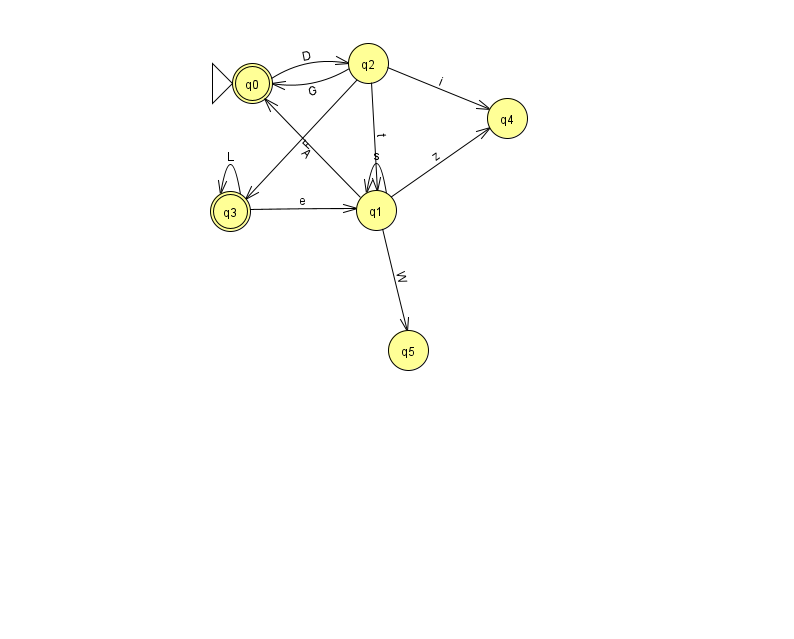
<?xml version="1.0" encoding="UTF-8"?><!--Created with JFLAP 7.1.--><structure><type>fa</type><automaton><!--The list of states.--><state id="0" name="q0"><x>252.0</x><y>70.0</y><initial/><final/></state><state id="1" name="q1"><x>376.0</x><y>197.0</y></state><state id="2" name="q2"><x>368.0</x><y>50.0</y></state><state id="3" name="q3"><x>230.0</x><y>198.0</y><final/></state><state id="4" name="q4"><x>507.0</x><y>105.0</y></state><state id="5" name="q5"><x>408.0</x><y>337.0</y></state><!--The list of transitions.--><transition><from>2</from><to>1</to><read>t</read></transition><transition><from>3</from><to>1</to><read>e</read></transition><transition><from>1</from><to>1</to><read>s</read></transition><transition><from>1</from><to>4</to><read>z</read></transition><transition><from>2</from><to>4</to><read>i</read></transition><transition><from>2</from><to>3</to><read>F</read></transition><transition><from>1</from><to>0</to><read>A</read></transition><transition><from>2</from><to>0</to><read>G</read></transition><transition><from>0</from><to>2</to><read>D</read></transition><transition><from>1</from><to>5</to><read>W</read></transition><transition><from>3</from><to>3</to><read>L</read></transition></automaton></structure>